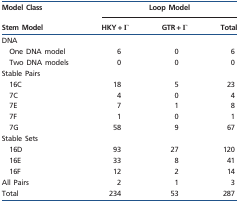
<table><thead><tr><td><b>Model Class</b></td><td colspan="3"><b>Loop Model</b></td></tr><tr><td><b>Stem Model</b></td><td><b>HKY + Γ</b></td><td><b>GTR + Γ</b></td><td><b>Total</b></td></tr></thead><tbody><tr><td colspan="4">DNA</td></tr><tr><td>One DNA model</td><td>6</td><td>0</td><td>6</td></tr><tr><td>Two DNA models</td><td>0</td><td>0</td><td>0</td></tr><tr><td colspan="4">Stable Pairs</td></tr><tr><td>16C</td><td>18</td><td>5</td><td>23</td></tr><tr><td>7C</td><td>4</td><td>0</td><td>4</td></tr><tr><td>7E</td><td>7</td><td>1</td><td>8</td></tr><tr><td>7F</td><td>1</td><td>0</td><td>1</td></tr><tr><td>7G</td><td>58</td><td>9</td><td>67</td></tr><tr><td colspan="4">Stable Sets</td></tr><tr><td>16D</td><td>93</td><td>27</td><td>120</td></tr><tr><td>16E</td><td>33</td><td>8</td><td>41</td></tr><tr><td>16F</td><td>12</td><td>2</td><td>14</td></tr><tr><td>All Pairs</td><td>2</td><td>1</td><td>3</td></tr><tr><td>Total</td><td>234</td><td>53</td><td>287</td></tr></tbody></table>